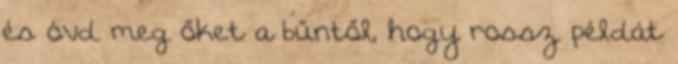
és óvd meg őket a bűntől, hogy rossz példát